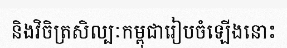
និងវិចិត្រសិល្បៈកម្ពុជារៀបចំឡើងនោះ